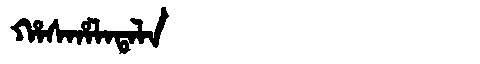
Manchu: ᡥᠠᠰᡥᠠᠯᠠᡨᠠᠯᠠ
Romanization: HASHALATALA